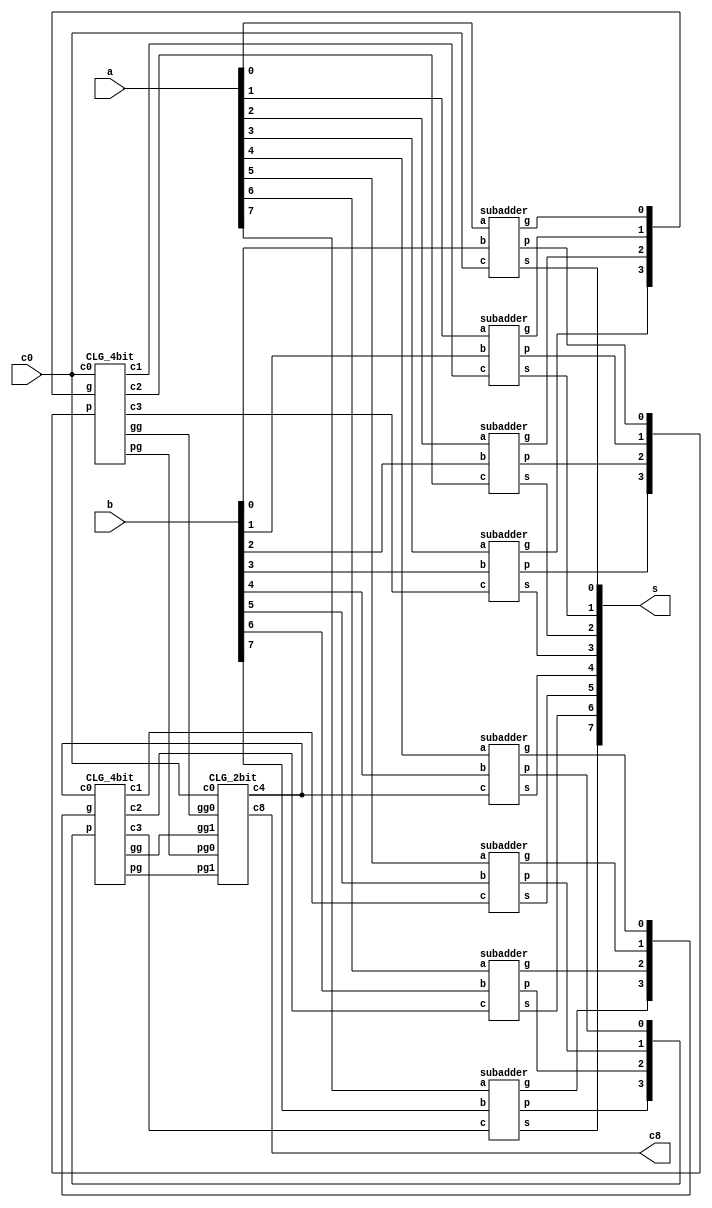
`timescale 1ns/1ps

module Carry_Look_Ahead_Adder_8bit(a, b, c0, s, c8);
input [7:0] a, b;
input c0;
output [7:0] s;
output c8;

wire[7:0]p,g;
wire[7:1]c;
wire [1:0] pg, gg;

subadder s0(a[0], b[0], c0, s[0], p[0], g[0]);
subadder s1(a[1], b[1], c[1], s[1], p[1], g[1]);
subadder s2(a[2], b[2], c[2], s[2], p[2], g[2]);
subadder s3(a[3], b[3], c[3], s[3], p[3], g[3]);
subadder s4(a[4], b[4], c[4], s[4], p[4], g[4]);
subadder s5(a[5], b[5], c[5], s[5], p[5], g[5]);
subadder s6(a[6], b[6], c[6], s[6], p[6], g[6]);
subadder s7(a[7], b[7], c[7], s[7], p[7], g[7]);

CLG_4bit CLG0to3(p[3:0], g[3:0], c0,c[1],c[2],c[3], pg[0],gg[0]);
CLG_4bit CLG5to7(p[7:4], g[7:4], c[4],c[5],c[6],c[7], pg[1],gg[1]);
CLG_2bit CLG48(c0,pg[0], gg[0], pg[1], gg[1], c[4], c8);
endmodule

module subadder(a, b, c, s, p, g);
input a, b, c;
output s, p, g;

xor_gate propagate(p, a, b);
and_gate generatee(g, a, b);
xor_gate sum(s, c, p);

endmodule

module CLG_4bit(p, g, c0,c1,c2,c3, pg,gg);
input[3:0] p, g;
input c0;
output c1,c2,c3;
output pg,gg;

//remeber g need to turn to g_bar!!!
wire[3:0] g_bar;
nand g3(g_bar[3],g[3],g[3]);
nand g2(g_bar[2],g[2],g[2]);
nand g1(g_bar[1],g[1],g[1]);
nand g0(g_bar[0],g[0],g[0]);

wire c1,c2,c3;
wire p0c0;
nand na01(p0c0,p[0],c0);
nand na11(c1,p0c0,g_bar[0]); 

wire p01c0,p1g0;
nand na02(p01c0,p[1],p[0],c0);
nand na002(p1g0,p[1],g[0]);
nand na12(c2,p1g0,p01c0,g_bar[1]); 

wire p012c0,p12g0,p2g1;
nand na03(p012c0,p[2],p[1],p[0],c0);
nand na003(p12g0,p[2],p[1],g[0]);
nand na0003(p2g1,p[2],g[1]);
nand na13(c3,p012c0,p12g0,p2g1,g_bar[2]); 

wire p0123;
nand pg0(p0123, p[0], p[1], p[2], p[3]);
nand pg1(pg, p0123, p0123);

wire g2p3, g1p23, g0p123;
nand gg0(g2p3, g[2], p[3]);
nand gg1(g1p23, g[1], p[2], p[3]);
nand gg2(g0p123, g[0], p[1], p[2], p[3]);
nand gg3(gg, g_bar[3], g2p3, g1p23, g0p123);

endmodule

module CLG_2bit(c0,pg0, gg0, pg1, gg1, c4, c8);
input c0, pg0, gg0, pg1, gg1;
output c4, c8;
wire gg0_bar, gg1_bar;

nand not_gg0(gg0_bar, gg0, gg0);
nand not_gg1(gg1_bar, gg1, gg1);

wire pg0c0;
nand c4_0(pg0c0, pg0, c0);
nand c4_1(c4, pg0c0, gg0_bar);

wire pg1gg0, pg01c0;
nand c8_0(pg1gg0, pg1, gg0);
nand c8_1(pg01c0, pg0, pg1, c0);
nand c8_2(c8, pg1gg0, pg01c0, gg1_bar);

endmodule

//Basic Gates
module xor_gate(out,a,b);
input a,b;
output out;
wire a_bar,b_bar,ab_bar,a_barb;
nand nand_and0(a_bar,a,a);
nand nand_and1(b_bar,b,b);
nand nand_and2(ab_bar,a,b_bar);
nand nand_and3(a_barb,a_bar,b);

nand nand_and4(out,a_barb,ab_bar);
endmodule

module and_gate(out,a,b);
input a,b;
output out;
wire ab_bar;
nand nand_and0(ab_bar,a,b);
nand nand_and1(out,ab_bar,ab_bar);

endmodule

module or_gate(out,a,b);
input a,b;
output out;
wire a_bar,b_bar;
nand nand_and0(a_bar,a,a);
nand nand_and1(b_bar,b,b);
nand nand_and2(out,a_bar,b_bar);

endmodule